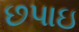
છપાઇ